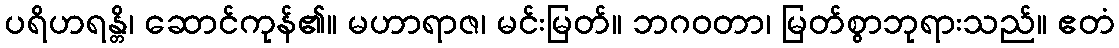
ပရိဟရန္တိ၊ ဆောင်ကုန်၏။ မဟာရာဇ၊ မင်းမြတ်။ ဘဂဝတာ၊ မြတ်စွာဘုရားသည်။ ဧတံ